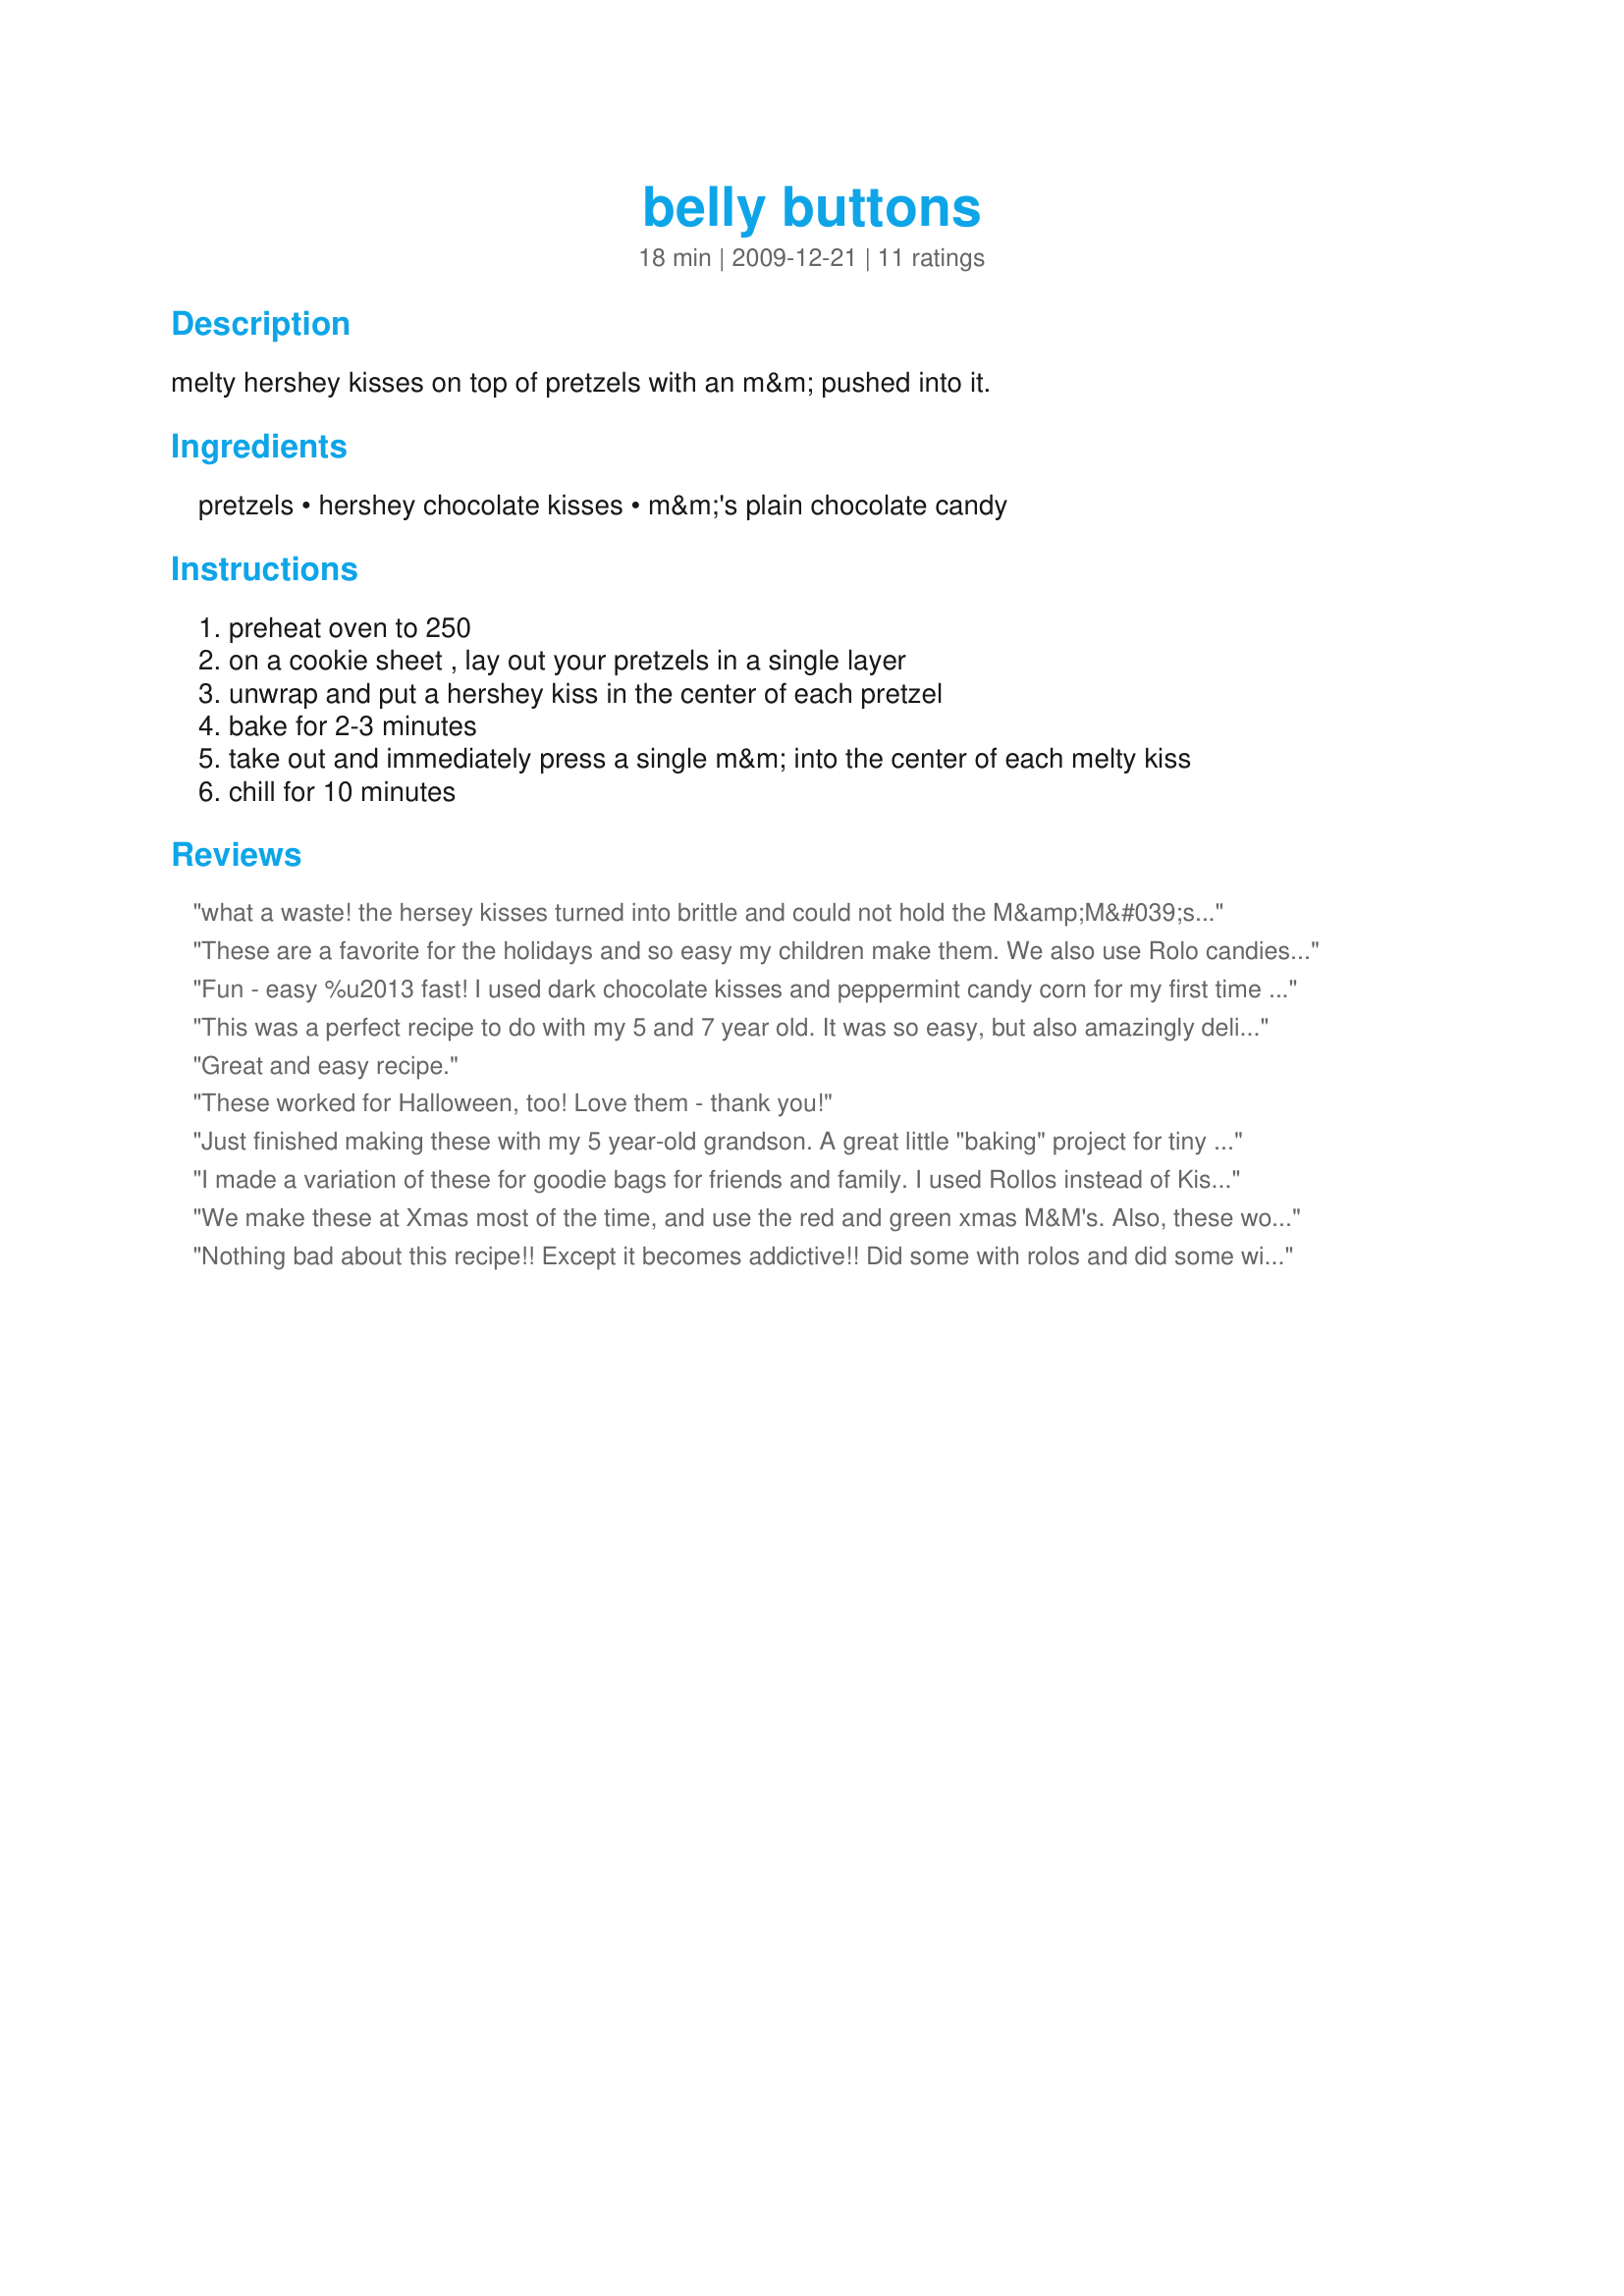
belly buttons
Preparation time: 18 minutes

melty hershey kisses on top of pretzels with an m&m pushed into it.

Ingredients:
pretzels, hershey chocolate kisses, m&m's plain chocolate candy

Steps:
preheat oven to 250, on a cookie sheet , lay out your pretzels in a single layer, unwrap and put a hershey kiss in the center of each pretzel, bake for 2-3 minutes, take out and immediately press a single m&m into the center of each melty kiss, chill for 10 minutes

Reviews:
what a waste! the hersey kisses turned into brittle and could not hold the M&amp;M&#039;s. if i could upload a photo, it will show the kisses falling apart and not melting. i just wasted 20minutes and 210 pieces of treats.
These are a favorite for the holidays and so easy my children make them. We also use Rolo candies in place of the kisses.
Fun - easy %u2013 fast! I used dark chocolate kisses and peppermint candy corn for my first time %u2018playing%u2019 with this. Got the candy corn idea from Jennibear%u2019s photo - simply fun %u2013 thanks, looking forward to more. The idea of Rollos topped off with another pretzel - thanks Deborah23. What a fun time to be in the kitchen.
This was a perfect recipe to do with my 5 and 7 year old. It was so easy, but also amazingly delicious..and very cute. We also made some with peanut butter M&Ms. YUM! Such a great combo of sweet&salty, crunchy&smooth.
Great and easy recipe.
These worked for Halloween, too! Love them - thank you!
Just finished making these with my 5 year-old grandson. A great little "baking" project for tiny chefs -- and very yummy every step of the way!
I made a variation of these for goodie bags for friends and family. I used Rollos instead of Kisses and topped them off with another snap pretzel...they were a big hit!!
We make these at Xmas most of the time, and use the red and green xmas M&M's. Also, these work best with those square, grid-shaped pretzels called Snaps. These are very quick and easy and a nice blend of sweet and salty. You can mix it up by using different flavors of Hershey Kisses; there are many varieties now. Thanx for posting!
Nothing bad about this recipe!! Except it becomes addictive!! Did some with rolos and did some with kisses. Thanks :)
As a reply to the problems rippacurloahu had on December 20, 2013.&lt;br/&gt;&lt;br/&gt;Chocolate is very cranky about being melted if your oven is over 250 degrees the kisses will only harden and under they will not soften enough either way the M&amp;M will be difficult to insert. Yours might have been off, for cheap insurance we use a oven thermometer to keep a check on the oven temperature when baking.&lt;br/&gt;&lt;br/&gt;I make these every Christmas with the kids and bring a large batch into the office. Someone this year said it wouldn&#039;t be Christmas without them. I have talked about using candy hearts on Valentines day or marshmallows and another pretzel to make mini &quot;smores&quot;, but nothing beats the salty sweet taste of these.
